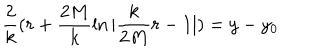
\frac { 2 } { k } ( r + \frac { 2 M } { k } \ln | \frac { k } { 2 M } r - 1 | ) = y - y _ { 0 }